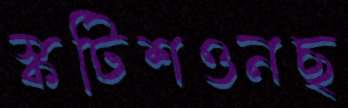
স্কটিশওনছ